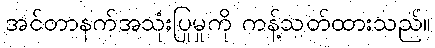
အင်တာနက်အသုံးပြုမှုကို ကန့်သတ်ထားသည်။